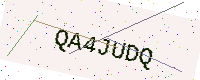
Text: QA4JUDQ